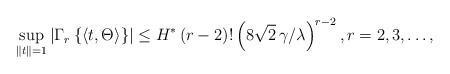
\begin{align*}\sup_{\left\| t\right\| =1}\left| \Gamma _{r}\left\{ \left\langle t,\Theta\right\rangle \right\} \right| \leq H^{*}\left( r-2\right) !\left( 8\sqrt{2}\,\gamma /\lambda \right) ^{r-2},r=2,3,\ldots , \end{align*}